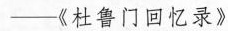
——《杜鲁门回忆录》